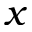
x